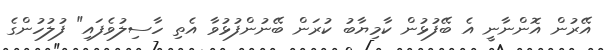
އޭރުން އޮންނާނީ އެ ބޭފުޅުން ކާމިޔާބު ކުރަން ބޭނުންފުޅުވާ އެތި ހާސިލުވެފައި" ފުލުހުންގެ